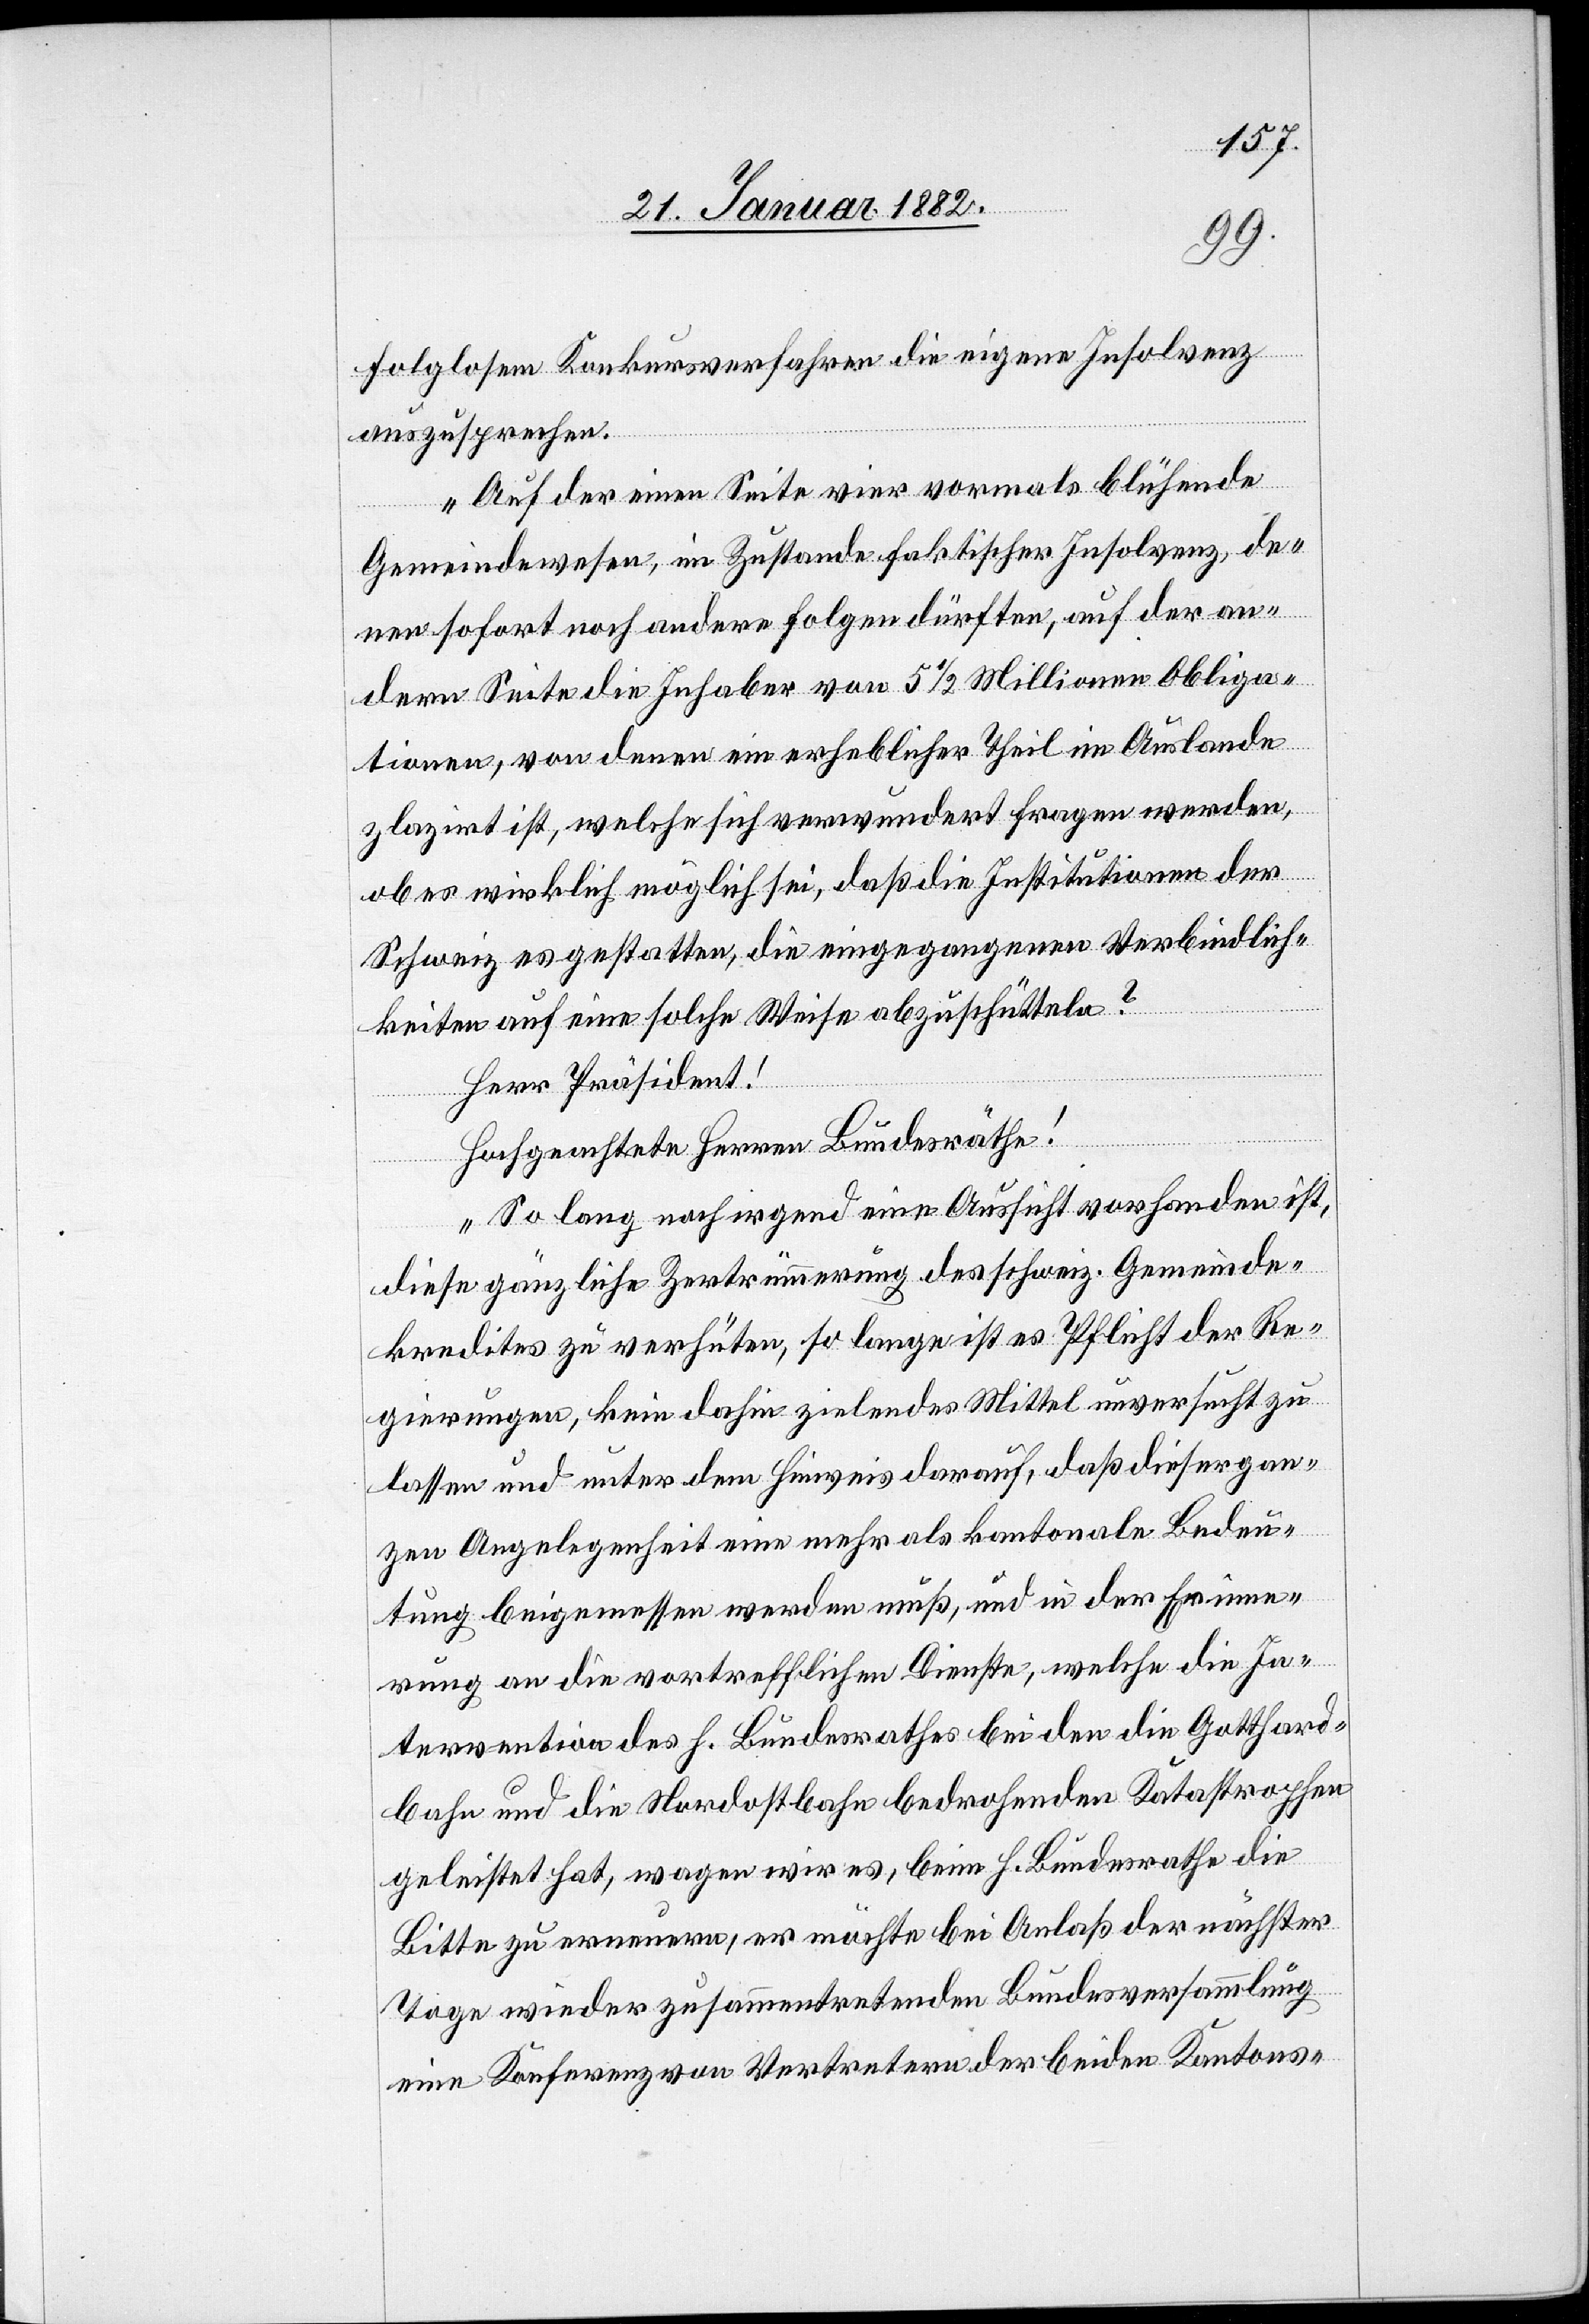
folglosem Konkursverfahren die eigene Insolvenz
auszusprechen.
Auf der einen Seite vier vormals blühende
Gemeindwesen, im Zustande faktischer Insolvenz, de¬
nen sofort noch andern Folgen dürften, auf der an¬
dern Seite die Inhaber von 5 1/2 Millionen Obliga¬
tionen, von denen ein erheblicher Theil im Auslande
plazirt], welche sich verwundert fragen werden,
ob es wirklich möglich sei, daß die Institutionen der
Schweiz es gestatten, die eingegangenen Verbindlich¬
keiten auf eine solche Weise abzuschütteln?
Herr Präsident!
Hochgeachtete Herren Bundesräthe!
So lang noch irgend eine Aussicht vorhanden ist,
diese gänzliche Zertrümmerung des schweiz. Gemeinde¬
kredites zu verhüten, so lange ist es Pflicht der Re¬
gierungen, kein dahin zielendes Mittel unversucht zu
lassen und unter dem Hinweis darauf, daß dieser gan¬
zen Angelegenheit eine mehr als kantonale Bedeu¬
tung beigemessen werden muß, und in der Erinne¬
rung an die vortrefflichen Dienste, welche die In¬
tervention des h. Bundesraths bei den die Gotthard¬
bahn und die Nordostbahn bedrohenden Katastrophen
geleistet hat, wagen wir es, beim h. Bundesrath die
Bitte zu erneuern, er möchte bei Anlaß der nächsten
Tage wieder zusammentretenden Bundesversammlung
eine Konferenz von Vertretern der beiden Kantons-